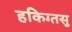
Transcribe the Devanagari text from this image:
हकिग्तसु